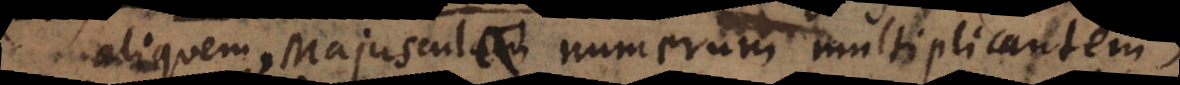
aliquem, Majuscula numerum multiplicantem,